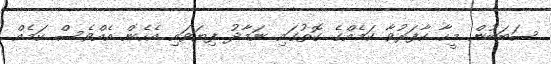
ސަބަބުން މީހާ ކާފަރުވާ ކަމެއްގެ ގޮތުގައި ނަމާދު ފިޔަވައި އެހެން އެއްވެސް ކަމެއް